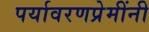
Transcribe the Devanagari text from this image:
पर्यावरणप्रेमींनी